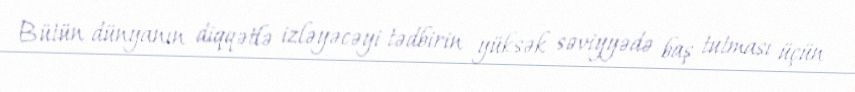
Bütün dünyanın diqqətlə izləyəcəyi tədbirin yüksək səviyyədə baş tutması üçün